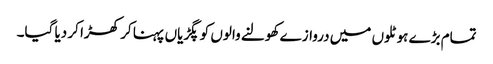
تمام بڑے ہوٹلوں میں دروازے کھولنے والوں کو پگڑیاں پہنا کر کھڑا کر دیا گیا۔